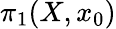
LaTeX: \pi_{1}(X,x_{0})